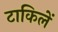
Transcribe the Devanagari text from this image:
टाकिलें